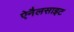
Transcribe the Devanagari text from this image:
ऐनैलसाइट